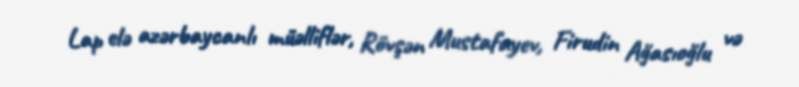
Lap elə azərbaycanlı müəlliflər, Rövşən Mustafayev, Firudin Ağasıoğlu və